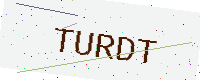
Text: TURDT